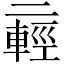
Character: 𫡸